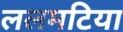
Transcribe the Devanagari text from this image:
ललमटिया